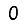
Digit: 0